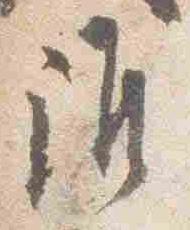
誰